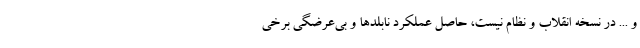
و ... در نسخه انقلاب و نظام نیست، حاصل عملکرد نابلدها و بی‌عرضگی برخی